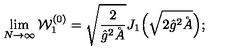
\lim _ { N \to \infty } { \cal W } _ { 1 } ^ { ( 0 ) } = \sqrt { \frac 2 { \hat { g } ^ { 2 } \AA } } J _ { 1 } \Bigl ( \sqrt { 2 \hat { g } ^ { 2 } \AA } \Bigr ) ;